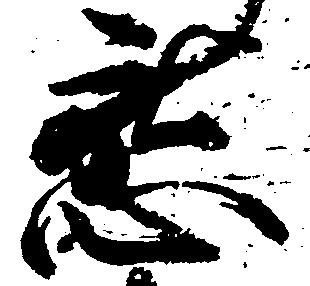
懇